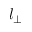
l _ { \perp }